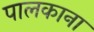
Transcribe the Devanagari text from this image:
पालकाना